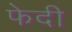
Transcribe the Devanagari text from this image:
फेदी